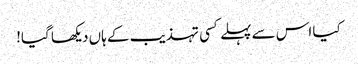
کیا اس سے پہلے کسی تہذیب کے ہاں دیکھا گیا!